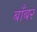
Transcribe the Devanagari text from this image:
बाँबर